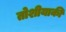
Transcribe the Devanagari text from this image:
तोशीयाकी